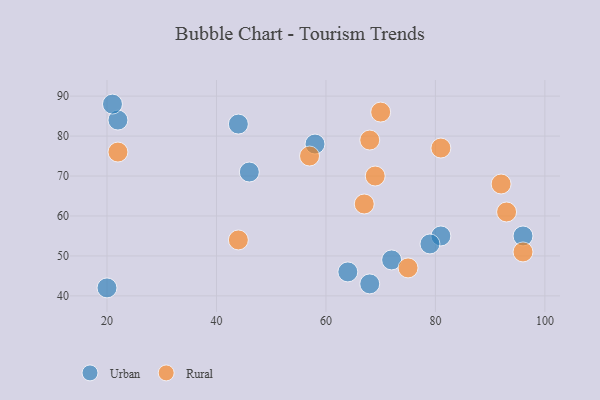
{"axis": {"x": "GDP", "y": "Life Expectancy"}, "legend": ["Rural", "Urban"], "data": [{"x": "81", "y": 55, "type": "Urban"}, {"x": "20", "y": 42, "type": "Urban"}, {"x": "58", "y": 78, "type": "Urban"}, {"x": "72", "y": 49, "type": "Urban"}, {"x": "22", "y": 84, "type": "Urban"}, {"x": "64", "y": 46, "type": "Urban"}, {"x": "46", "y": 71, "type": "Urban"}, {"x": "68", "y": 43, "type": "Urban"}, {"x": "44", "y": 83, "type": "Urban"}, {"x": "79", "y": 53, "type": "Urban"}, {"x": "96", "y": 55, "type": "Urban"}, {"x": "21", "y": 88, "type": "Urban"}, {"x": "70", "y": 86, "type": "Rural"}, {"x": "69", "y": 70, "type": "Rural"}, {"x": "96", "y": 51, "type": "Rural"}, {"x": "67", "y": 63, "type": "Rural"}, {"x": "68", "y": 79, "type": "Rural"}, {"x": "93", "y": 61, "type": "Rural"}, {"x": "75", "y": 47, "type": "Rural"}, {"x": "57", "y": 75, "type": "Rural"}, {"x": "22", "y": 76, "type": "Rural"}, {"x": "81", "y": 77, "type": "Rural"}, {"x": "92", "y": 68, "type": "Rural"}, {"x": "44", "y": 54, "type": "Rural"}]}